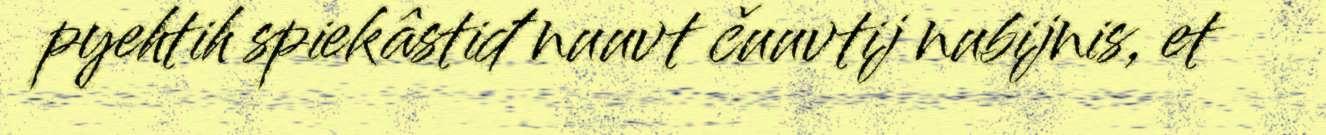
pyehtih spiekâstiđ nuuvt čuuvtij nubijnis, et